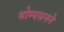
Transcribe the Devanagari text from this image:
थोम्पसनने